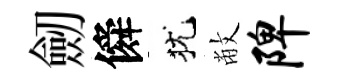
劒僢犹敝陴